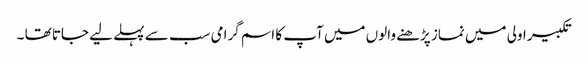
تکبیر اولی میں نماز پڑھنے والوں میں آپ کا اسم گرامی سب سے پہلے لیے جاتا تھا ۔